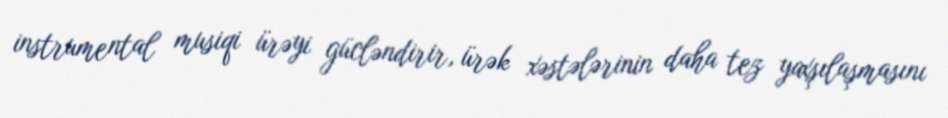
instrumental musiqi ürəyi gücləndirir, ürək xəstələrinin daha tez yaxşılaşmasını